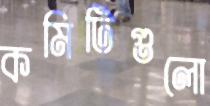
কমিটিগুলো